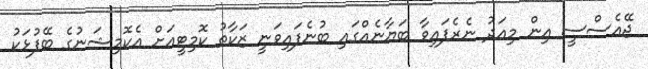
ޖޭއެސްސީ އިން މިއަދު ނެރެފައިވާ ބަޔާނެއްގައި ބުނެފައިވަނީ ޒަކާތު ކޮމިޓީއަށް އެކޮމިޝަނުގެ ބޭފުޅަކު